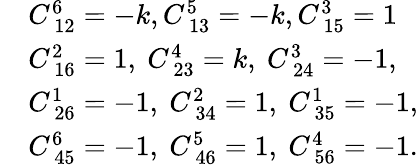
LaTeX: \begin{array}{r}{\begin{array}{rl}&{C_{~12}^{6}=-k,C_{~13}^{5}=-k,C_{~15}^{3}=1}\\ &{C_{~16}^{2}=1,~C_{~23}^{4}=k,~C_{~24}^{3}=-1,}\\ &{C_{~26}^{1}=-1,~C_{~34}^{2}=1,~C_{~35}^{1}=-1,}\\ &{C_{~45}^{6}=-1,~C_{~46}^{5}=1,~C_{~56}^{4}=-1.}\end{array}}\end{array}